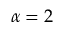
\alpha = 2